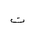
Letter: _ta